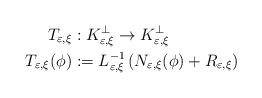
LaTeX: \begin{align*}T_{\varepsilon,\xi} & :K_{\varepsilon,\xi}^{\bot}\rightarrow K_{\varepsilon,\xi}^{\bot}\\T_{\varepsilon,\xi}(\phi) & :=L_{\varepsilon,\xi}^{-1}\left( N_{\varepsilon,\xi}(\phi)+R_{\varepsilon,\xi}\right)\end{align*}